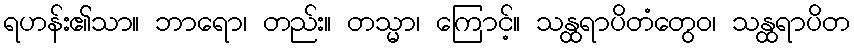
ရဟန်း၏သာ။ ဘာရော၊ တည်း။ တသ္မာ၊ ကြောင့်။ သန္ထရာပိတံတွေဝ၊ သန္ထရာပိတ